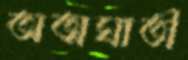
অত্মঘাতী